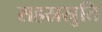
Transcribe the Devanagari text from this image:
सहस्रस्रुति